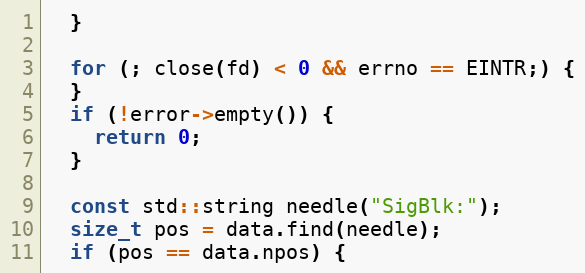
Language: C++
  }

  for (; close(fd) < 0 && errno == EINTR;) {
  }
  if (!error->empty()) {
    return 0;
  }

  const std::string needle("SigBlk:");
  size_t pos = data.find(needle);
  if (pos == data.npos) {